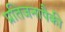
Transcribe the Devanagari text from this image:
प्रतिजनापैकी